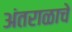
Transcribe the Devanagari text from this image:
अंतराळाचे